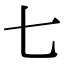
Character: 七